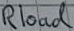
Text: Rload